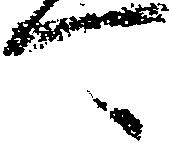
可